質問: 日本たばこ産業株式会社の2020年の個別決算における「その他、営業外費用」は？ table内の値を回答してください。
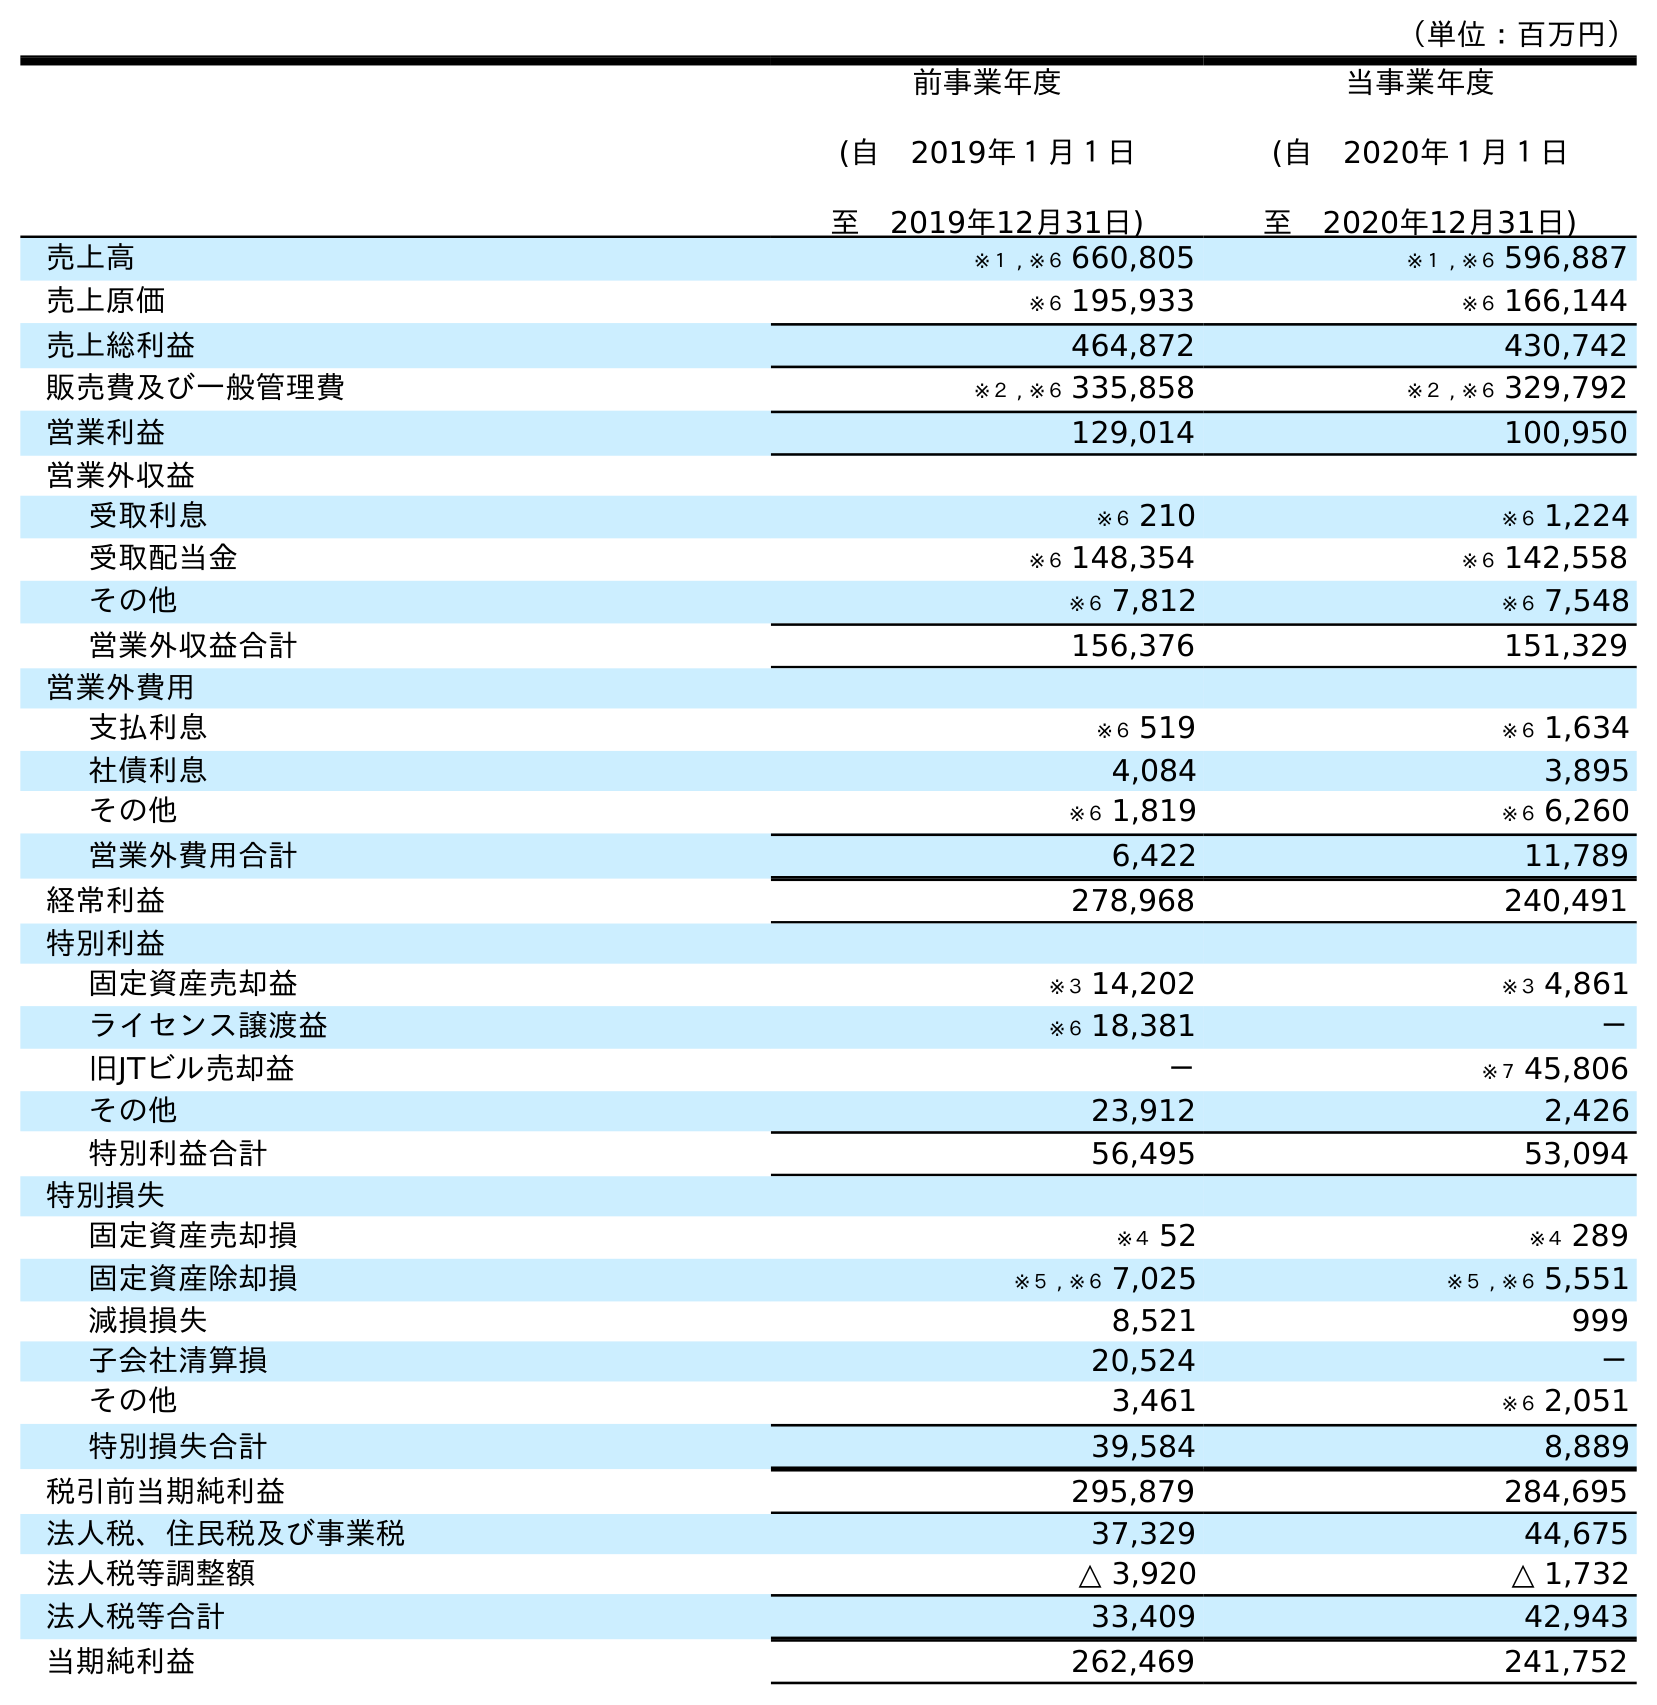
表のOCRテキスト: （単位：百万円） 前事業年度 (自 2019年１月１日 至 2019年12月31日) 当事業年度 (自 2020年１月１日 至 2020年12月31日) 売上高 ※１ , ※６ 660,805 ※１ , ※６ 596,887 売上原価 ※６ 195,933 ※６ 166,144 売上総利益 464,872 430,742 販売費及び一般管理費 ※２ , ※６ 335,858 ※２ , ※６ 329,792 営業利益 129,014 100,950 営業外収益 受取利息 ※６ 210 ※６ 1,224 受取配当金 ※６ 148,354 ※６ 142,558 その他 ※６ 7,812 ※６ 7,548 営業外収益合計 156,376 151,329 営業外費用 支払利息 ※６ 519 ※６ 1,634 社債利息 4,084 3,895 その他 ※６ 1,819 ※６ 6,260 営業外費用合計 6,422 11,789 経常利益 278,968 240,491 特別利益 固定資産売却益 ※３ 14,202 ※３ 4,861 ライセンス譲渡益 ※６ 18,381 － 旧JTビル売却益 － ※７ 45,806 その他 23,912 2,426 特別利益合計 56,495 53,094 特別損失 固定資産売却損 ※４ 52 ※４ 289 固定資産除却損 ※５ , ※６ 7,025 ※５ , ※６ 5,551 減損損失 8,521 999 子会社清算損 20,524 － その他 3,461 ※６ 2,051 特別損失合計 39,584 8,889 税引前当期純利益 295,879 284,695 法人税、住民税及び事業税 37,329 44,675 法人税等調整額 △ 3,920 △ 1,732 法人税等合計 33,409 42,943 当期純利益 262,469 241,752
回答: ※６6,260